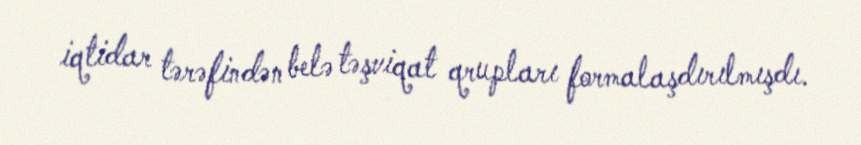
iqtidar tərəfindən belə təşviqat qrupları formalaşdırılmışdı.